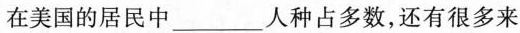
在美国的居民中___人种占多数，还有很多来